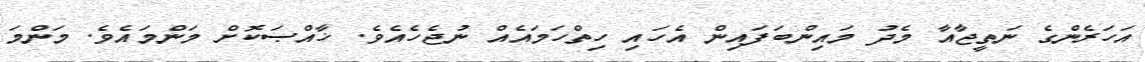
އަހަރެންގެ ނަތީޖާއާ މެދު މައިންބަފައިން އެހައި ހިތްހަމައެއް ނުޖެހެއެވެ. ޚާއްޞަކޮށް މަންމައެވެ. މަންމަ